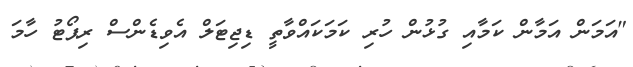
"އަމަން އަމާން ކަމާއި ގުޅުން ހުރި ކަމަކައްވާތީ ޑިޖިޓަލް އެވިޑެންސް ރިޕޯޓު ހާމަ